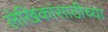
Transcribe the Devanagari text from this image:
लेखिकांसाठीच्या